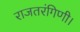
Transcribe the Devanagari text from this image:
राजतरंगिणी।